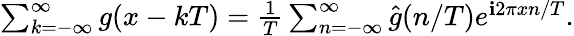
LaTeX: \begin{array}{r}{\sum_{k=-\infty}^{\infty}g(x-kT)=\frac{1}{T}\sum_{n=-\infty}^{\infty}\hat{g}(n/T)e^{\mathbf{i}2\pi xn/T}.}\end{array}